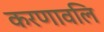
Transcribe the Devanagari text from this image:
करणावलि